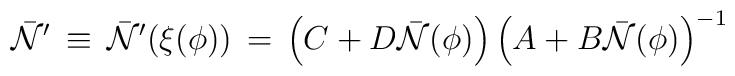
{\bar {\cal N}}^\prime  \, \equiv \, {\bar {\cal N}}^\prime (\xi(\phi)) \,= \,\left ( C  + D  {\bar {\cal N}}(\phi ) \right )   \left ( A  +B  {\bar {\cal N}}(\phi)\right )^{-1}